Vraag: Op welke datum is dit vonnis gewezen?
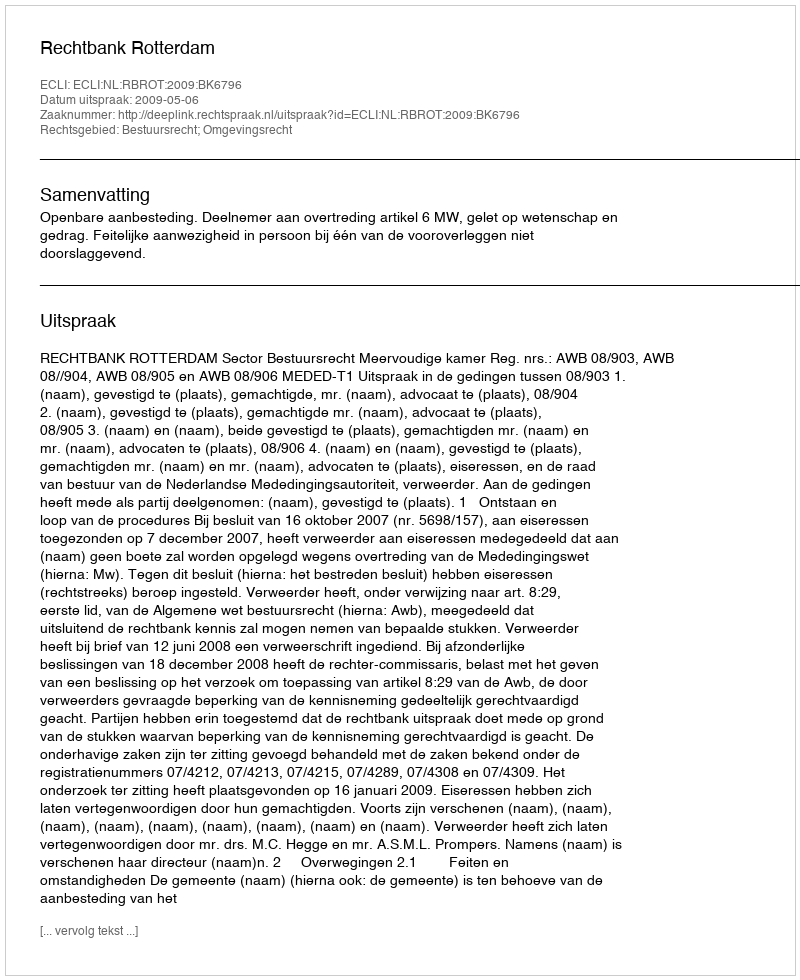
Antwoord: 2009-05-06